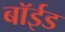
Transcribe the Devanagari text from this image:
बॉईड